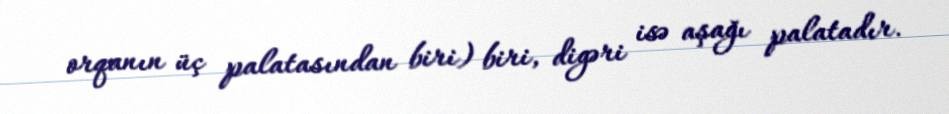
orqanın üç palatasından biri) biri, digəri isə aşağı palatadır.